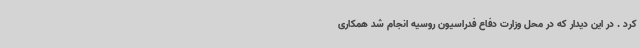
کرد . در این دیدار که در محل وزارت دفاع فدراسیون روسیه انجام شد همکاری